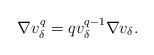
LaTeX: \begin{align*}\nabla v^q_\delta = q v^{q-1}_\delta \nabla v_\delta.\end{align*}